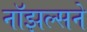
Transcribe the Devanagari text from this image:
नॉझल्सने